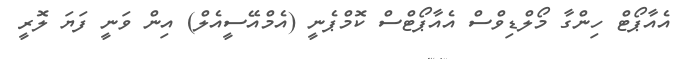
އެއާޕޯޓް ހިންގާ މޯލްޑިވްސް އެއާޕޯޓްސް ކޮމްޕެނީ (އެމްއޭސީއެލް) އިން ވަނީ ފަޔަ ލޮރީ